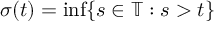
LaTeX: \sigma ( t ) = \operatorname* { i n f } \{ s \in \mathbb { T } : s > t \}